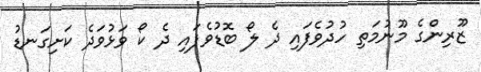
ޒޫރިންގެ މޫނުމަތި ހުދުވެފައި ދެ ލޯ ބޮޑުވެފައި ދެ ކޯ ވަޅުވަދެ ކަށިގަނޑު